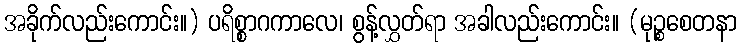
အခိုက်လည်းကောင်း။) ပရိစ္စာဂကာလေ၊ စွန့်လွှတ်ရာ အခါလည်းကောင်း။ (မုဉ္စစေတနာ